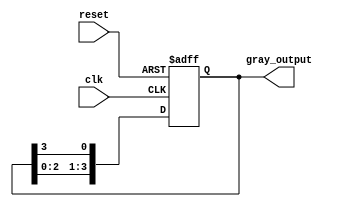
module gray_code_ring_counter(
    input wire clk,
    input wire reset,
    output reg [N-1:0] gray_output
);

parameter N = 4; // Number of bits in the Gray code
reg [N-1:0] gray_reg;

always @(posedge clk or posedge reset) begin
    if (reset) begin
        gray_reg <= 0;
    end else begin
        gray_reg <= {gray_reg[N-2:0], gray_reg[N-1]};
    end
end

assign gray_output = gray_reg;

endmodule